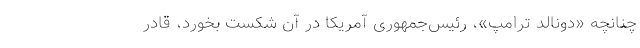
چنانچه «دونالد ترامپ»، رئیس‌جمهوری آمریکا در آن شکست بخورد، قادر